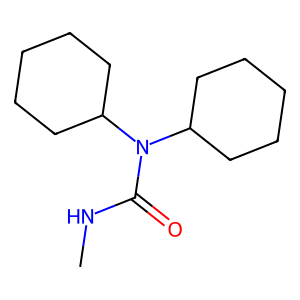
SMILES: CNC(=O)N(C1CCCCC1)C1CCCCC1
Inhibits HIV replication: No